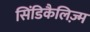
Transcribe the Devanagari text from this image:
सिंडिकैलिज़्म